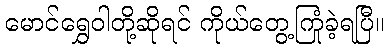
မောင်ရွှေဝါတို့ဆိုရင် ကိုယ်တွေ့ကြုံခဲ့ရပြီ။